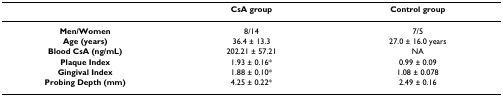
<table><thead><tr><td></td><td><b>CsA group</b></td><td><b>Control group</b></td></tr></thead><tbody><tr><td><b>Men/Women</b></td><td>8/14</td><td>7/5</td></tr><tr><td><b>Age (years)</b></td><td>36.4 ± 13.3</td><td>27.0 ± 16.0 years</td></tr><tr><td><b>Blood CsA (ng/mL)</b></td><td>202.21 ± 57.21</td><td>NA</td></tr><tr><td><b>Plaque Index </b></td><td>1.93 ± 0.16*</td><td>0.99 ± 0.09</td></tr><tr><td><b>Gingival Index</b></td><td>1.88 ± 0.10*</td><td>1.08 ± 0.078</td></tr><tr><td><b>Probing Depth (mm)</b></td><td>4.25 ± 0.22*</td><td>2.49 ± 0.16</td></tr></tbody></table>